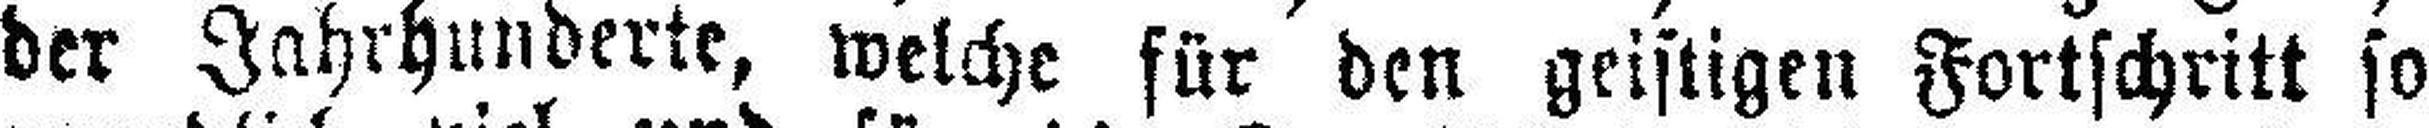
der Jahrhunderte, welche für den geistigen Fortschritt so